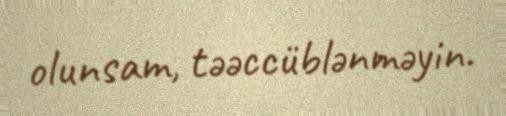
olunsam, təəccüblənməyin.